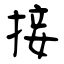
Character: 接